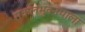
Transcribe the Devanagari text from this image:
सकलभुवनपाला